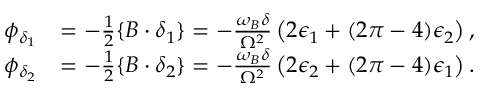
\begin{array} { r l } { \phi _ { \delta _ { 1 } } } & { = - \frac { 1 } { 2 } \{ B \cdot \delta _ { 1 } \} = - \frac { \omega _ { B } \delta } { \Omega ^ { 2 } } \left( 2 \epsilon _ { 1 } + ( 2 \pi - 4 ) \epsilon _ { 2 } \right) , } \\ { \phi _ { \delta _ { 2 } } } & { = - \frac { 1 } { 2 } \{ B \cdot \delta _ { 2 } \} = - \frac { \omega _ { B } \delta } { \Omega ^ { 2 } } \left( 2 \epsilon _ { 2 } + ( 2 \pi - 4 ) \epsilon _ { 1 } \right) . } \end{array}